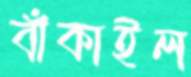
বাঁকাইল